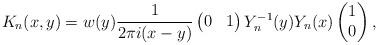
LaTeX: \begin{align*}{K}_n(x,y) = w(y) \frac{1}{2\pi i (x-y)} \begin{pmatrix}0&1\end{pmatrix} Y_n^{-1}(y)Y_n(x) \begin{pmatrix} 1 \\ 0 \end{pmatrix},\end{align*}